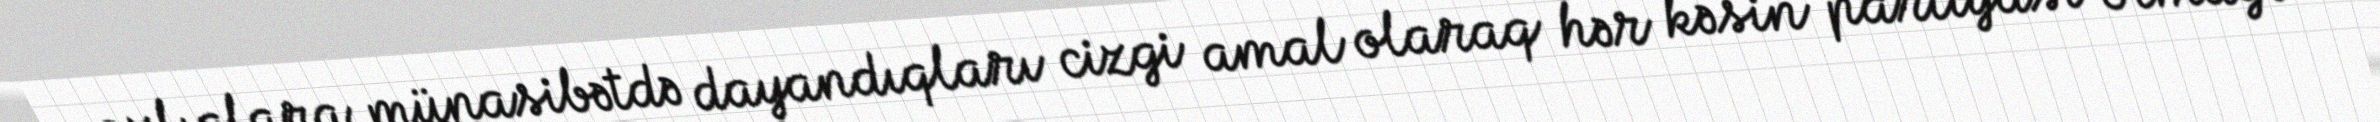
azlıqlara münasibətdə dayandıqları cizgi amal olaraq hər kəsin partiyası olmağı